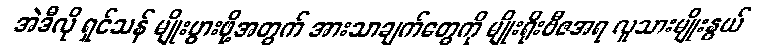
အဲဒီလို ရှင်သန် မျိုးပွားဖို့အတွက် အားသာချက်တွေကို မျိုးရိုးဗီဇအရ လူသားမျိုးနွယ်